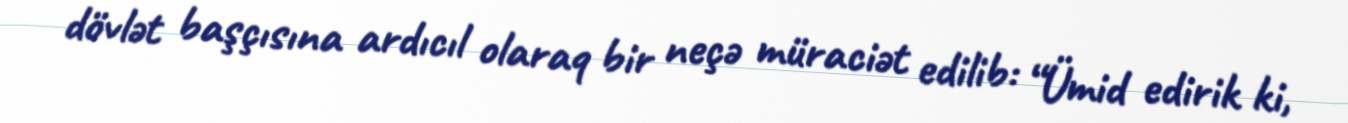
dövlət başçısına ardıcıl olaraq bir neçə müraciət edilib: “Ümid edirik ki,